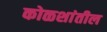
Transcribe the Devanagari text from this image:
कोळशांतील